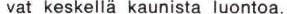
vat keskellä kaunista luontoa.